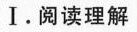
Ⅰ.阅读理解